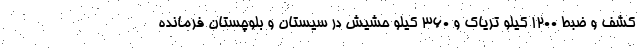
کشف و ضبط 1200 کیلو تریاک و 360 کیلو حشیش در سیستان و بلوچستان فرمانده